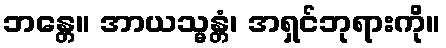
ဘန္တေ။ အာယသ္မန္တံ၊ အရှင်ဘုရားကို။